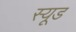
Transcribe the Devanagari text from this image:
स्यूड